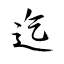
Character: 迄